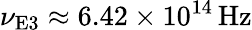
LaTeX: \nu_{\textrm{E3}}\approx 6.42\times 10^{14}\, \mathrm{Hz}